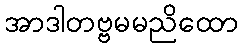
အာဒါတဗ္ဗမမညိထော